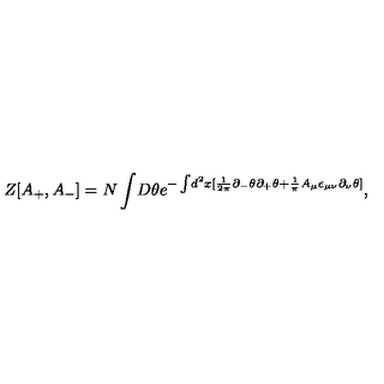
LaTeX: Z [ A _ { + } , A _ { - } ] = N \int \! D \theta e ^ { - \int \! d ^ { 2 } x [ \frac { 1 } { 2 \pi } \partial _ { - } \theta \partial _ { + } \theta + \frac { 1 } { \pi } A _ { \mu } \epsilon _ { \mu \nu } \partial _ { \nu } \theta ] } ,